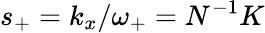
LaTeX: s_{+}=k_{x}/\omega_{+}=N^{-1}K